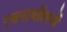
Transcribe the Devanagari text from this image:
रचनावलियों